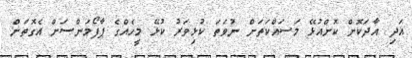
އަދި އާދަކޮށް ކޮށްއުޅޭ މަސައްކަތަށް ނުވަތަ ކުޅިވަރު ކުޅޭ މީހެއްގެ ޕާފޯމަންސަށް އެގޮތަށް